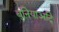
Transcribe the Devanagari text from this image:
बुनियाअदि